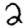
Digit: 2